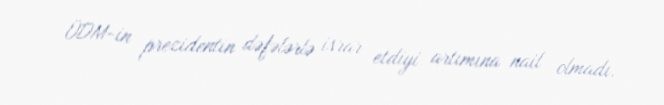
ÜDM-in prezidentin dəfələrlə israr etdiyi artımına nail olmadı.